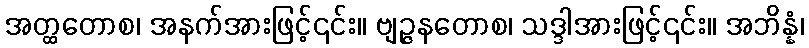
အတ္ထတောစ၊ အနက်အားဖြင့်၎င်း။ ဗျဉ္ဇနတောစ၊ သဒ္ဒါအားဖြင့်၎င်း။ အဘိန္နံ၊